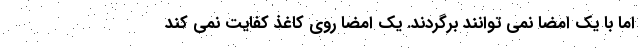
اما با یک امضا نمی توانند برگردند. یک امضا روی کاغذ کفایت نمی کند